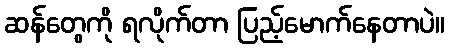
ဆန်တွေကို ရလိုက်တာ ပြည့်မောက်နေတာပဲ။